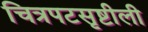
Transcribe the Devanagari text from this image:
चित्रपटसृष्टीली